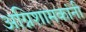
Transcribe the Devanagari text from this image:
अग्निशामकांनी